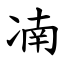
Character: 㓓